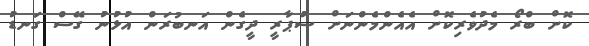
ކޮށް ބްރޯ މެދުވެރިކޮށް އެެއެންމެންނަށް ސުޕާރީ ދީގެން އަނބުރަން އުޅުނު ގޭސް ގަނޑު